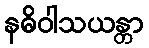
နဓိဝါသယန္တာ